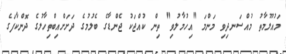
މައުލޫމާތު މުއްސަނދިވި މަންމަ "އިހުމާލުވި" ތިން ކުއްޖަކު ޖެންޑާގެ ބެލުމުގެ ދަށަށްއިބްތިހާލުގެ ދޮންކާފަގެ